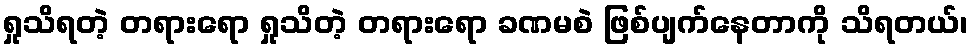
ရှုသိရတဲ့ တရားရော ရှုသိတဲ့ တရားရော ခဏမစဲ ဖြစ်ပျက်နေတာကို သိရတယ်၊